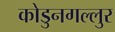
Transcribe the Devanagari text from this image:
कोडुनगल्लुर